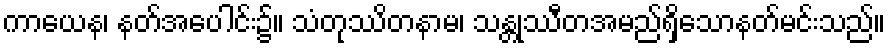
ကာယေန၊ နတ်အပေါင်း၌။ သံတုဿိတနာမ၊ သန္တုဿီတအမည်ရှိသောနတ်မင်းသည်။